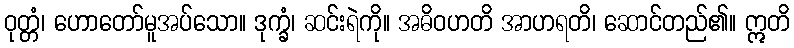
ဝုတ္တံ၊ ဟောတော်မူအပ်သော။ ဒုက္ခံ၊ ဆင်းရဲကို။ အဓိဝဟတိ အာဟရတိ၊ ဆောင်တည်၏။ ဣတိ